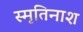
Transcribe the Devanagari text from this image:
स्मृतिनाश